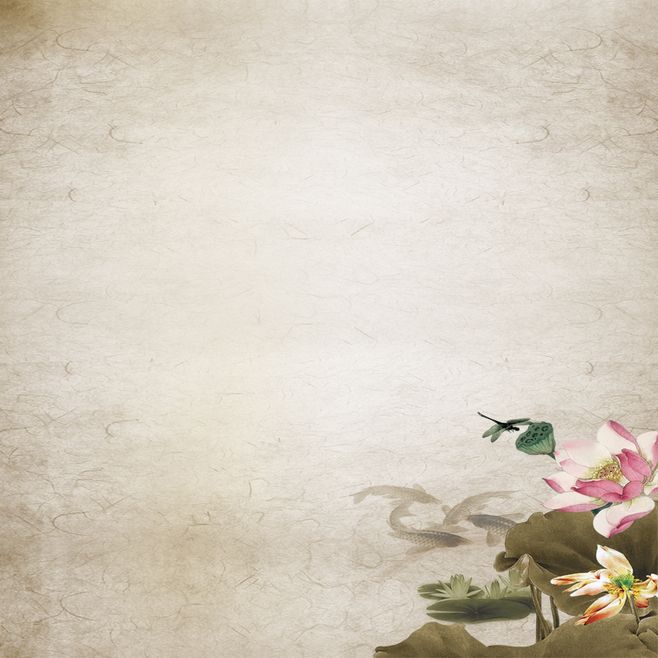
无人知此意，歌罢满帘风。